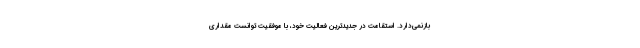
بازنمی‌دارد. استقامت در جدیدترین فعالیت خود، با موفقیت توانست مقداری